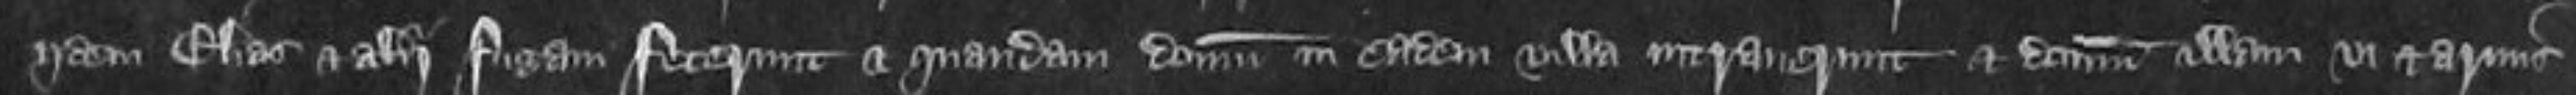
iidem Elias et alii fugam fecerunt et quandam domum in eadem villa intraverunt et domum illam vi et armis